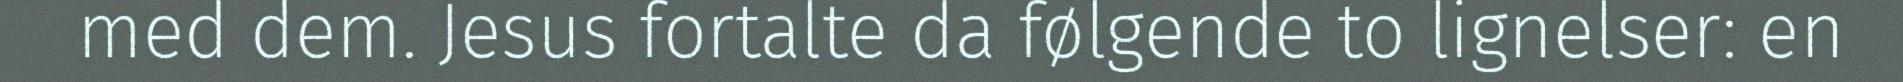
med dem. Jesus fortalte da følgende to lignelser: en